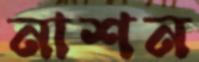
নাশন